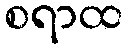
စရာထ